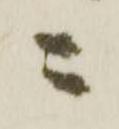
ニ